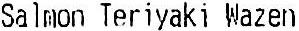
SALMON TERIYAKI WAZEN